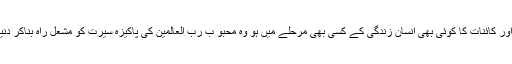
گویا ذات رسالت مآبؐ رشد وہدایت کا مظہر اتم ہیں اور کائنات کا کوئی بھی انسان زندگی کے کسی بھی مرحلے میں ہو وہ محبو ب رب العالمینؐ کی پاکیزہ سیرت کو مشعل راہ بناکر دنیاوی و اخروی فوز و فلاح سے ہمکنار ہو سکتا ہے۔